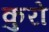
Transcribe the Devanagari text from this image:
कुरो